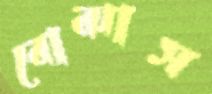
বোঝাস